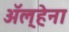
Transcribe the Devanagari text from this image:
अॅल्हेना